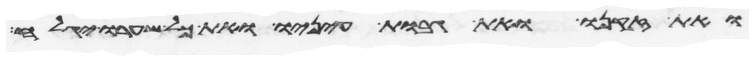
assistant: ואת זקנו ואת גבות עיניו ואת כל שערו יגלח